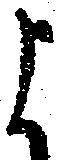
よ